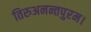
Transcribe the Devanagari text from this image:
तिरुअनन्तपुरम।